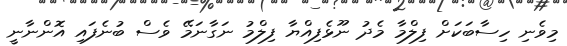
މިވެނި ހިސާބަކަށް ފިލްމާ މެދު ނޫޅެފިއްޔާ ފިލްމު ނަގާނަމޭ ވެސް ބުނެފައި އޮންނާނީ